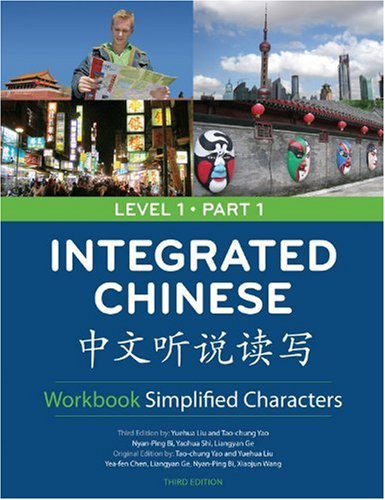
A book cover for Integrated Chinese Level 1 Part 1 Workbook: Simplified Characters; Yuehua Liu; Children's Books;